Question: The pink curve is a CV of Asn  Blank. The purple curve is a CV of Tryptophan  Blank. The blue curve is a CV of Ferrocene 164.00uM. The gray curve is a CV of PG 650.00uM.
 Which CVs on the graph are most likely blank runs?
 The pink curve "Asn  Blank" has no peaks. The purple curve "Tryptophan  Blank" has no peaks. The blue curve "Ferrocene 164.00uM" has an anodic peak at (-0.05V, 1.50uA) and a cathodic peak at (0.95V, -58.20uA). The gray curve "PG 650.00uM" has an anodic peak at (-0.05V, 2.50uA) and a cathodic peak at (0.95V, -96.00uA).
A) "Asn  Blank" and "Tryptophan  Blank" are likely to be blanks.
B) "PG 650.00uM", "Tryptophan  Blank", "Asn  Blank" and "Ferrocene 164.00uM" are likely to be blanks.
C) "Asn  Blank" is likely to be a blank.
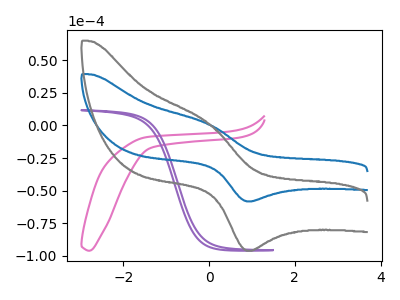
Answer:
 <answer>A) "Asn  Blank" and "Tryptophan  Blank" are likely to be blanks.</answer>
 <eval>A</eval>